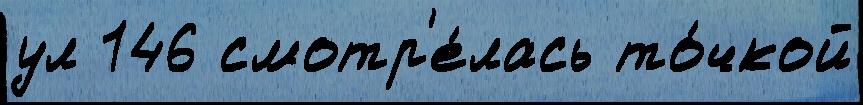
ул 146 смотр'е́лась то́чкой